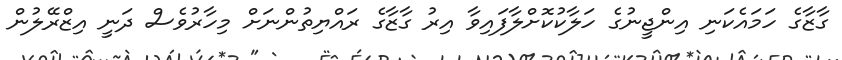
ގާޒާގެ ހަމައެކަނި އިންޖީނުގެ ހަލާކުކޮށްލާފައިވާ އިރު ގާޒާގެ ރައްޔިތުންނަށް މިހާރުވެސް ދަނީ އިޒްރޭލުން